Kassari_(Keina)_vallavalitsus, lk 16
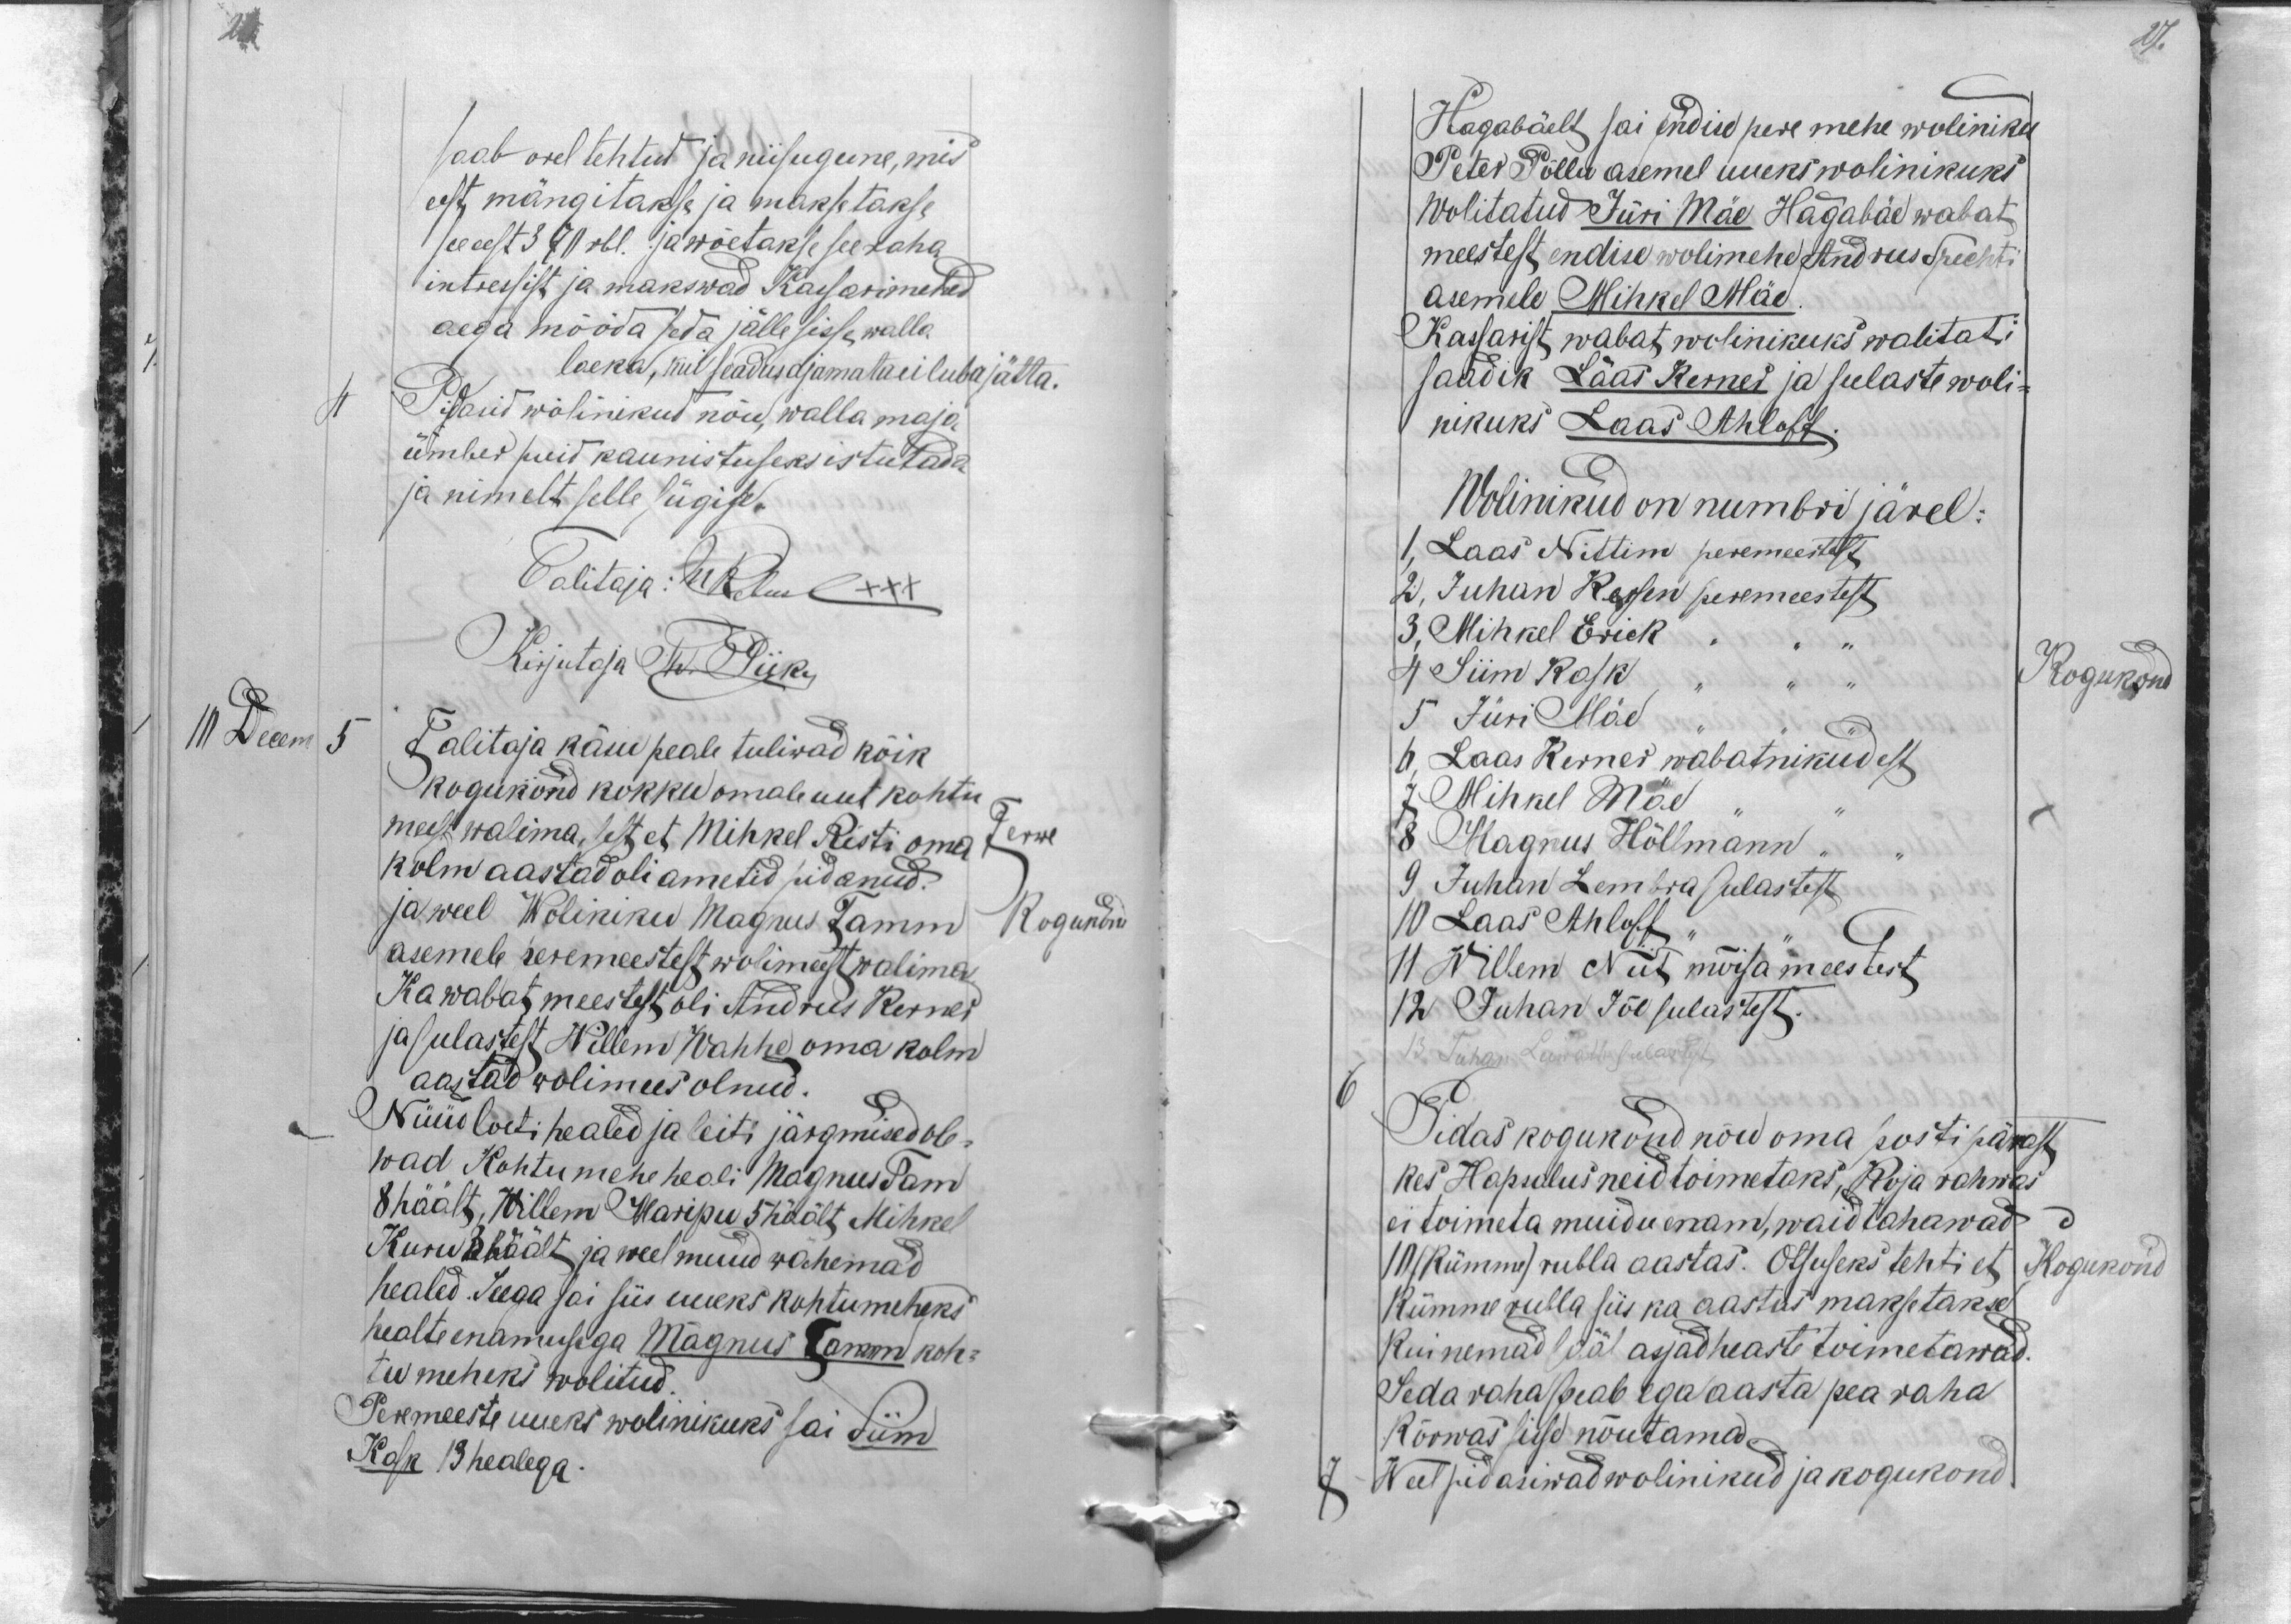
2x.

27.

saab orel tehtud ja niisugune, mis
eest mängitakse ja maksetakse
see eest 370 rbl. ja wõetakse see raha
intressist ja makswad Kassarimehed
aega mööda seda jälle sisse walla
laeka, kui seadus ajamata ei luba jätta.
4
Pidasid wolinikud nõu, walla maja
ümber puid kaunistuseks istutada
ja nimelt selle sügise
Talitaja: MRebuse xxx
Kirjutaja Th. Piik
10 Decem 5
Talitaja käsu peale tuliwad kõik
kogukond kokku omale uut kohtu
meest walima, sest et Mihkel Risti oma
Terwe
kolm aastad oli ametid pidanud.
ja weel Woliniku Magnus Tamm
Kogukond
asemele peremeestest wolimeest walima.
Ka wabat meestest oli Andrus Kerner
ja sulastest Willem Wahhe oma kolm
aastad wolimees olnud.
Nüüd loeti healed ja leiti järgmised ole-
wad Kohtumehe heali Magnus Tam
8 häält, Willem Maripu 5 häält Mihkel,
Kuru 3 häält ja weel muud wähemad
healed. Seega sai siis uueks kohtumeheks
healte enamusega Magnus Tamm koh-
tu meheks wolitud.
Peremeeste uueks wolinikuks sai Siim
Kask 13 healega.

Hagabäelt sai endise pere mehe woliniku
Peter Põllu asemel uueks wolinikuks
Wolitatud Jüri Mäe Hagabäe wabat
meestest endise wolimehe Andrus Spechti
asemele Mihkel Mäe.
Kassarist wabat wolinikuks walitati
saadik Laas Kerner ja sulaste woli-
nikuks Laas Ahloff.
Wolinikud on numbri järel:
1, Laas Nittim peremeestest
2, Juhan Kersen peremeestest
3, Mihkel Erick
4 Siim Kask
Kogukond
5 Jüri Mäe
6, Laas Kerner wabatnikudest
7 Mihkel Mäe
8 Magnus Höllmann
9 Juhan Lembra sulastest
10 Laas Ahloff
11 Willem Niit mõisa meestest
12 Juhan Jõe sulastest.
6
Pidas kogukond nõu oma posti pärast
kes, Hapsalus neid toimetaks, Koja rahwas
ei toimeta muidu enam, waid tahawad
10 (Kümme) rubla aastas. Otsuseks tehti et
Kogukond
Kümme rubla siis ka aastas maksetakse
Kui nemad sääl asjad heaste toimetawad.
Seda raha peab ega aasta pea raha
kõrwas sisse nõutama.
Weel pidasiwad wolinikud ja kogukond.